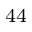
^ { 4 4 }